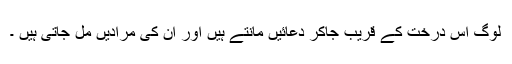
لوگ اس درخت کے قریب جاکر دعائیں مانتے ہیں اور ان کی مرادیں مل جاتی ہیں ۔